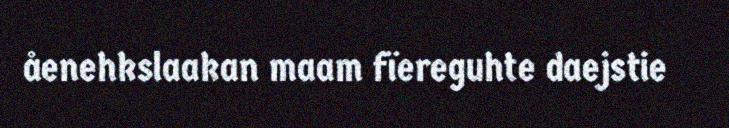
åenehkslaakan maam fïereguhte daejstie